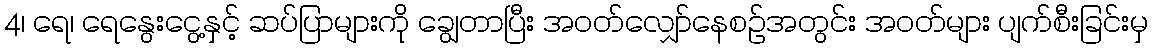
4၊ ရေ၊ ရေနွေးငွေ့နှင့် ဆပ်ပြာများကို ချွေတာပြီး အဝတ်လျှော်နေစဉ်အတွင်း အဝတ်များ ပျက်စီးခြင်းမှ